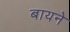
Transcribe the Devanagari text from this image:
बायने